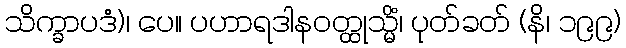
သိက္ခာပဒံ)၊ ပေ။ ပဟာရဒါနဝတ္ထုသ္မိံ၊ ပုတ်ခတ် (နိ၊ ၁၉၉)